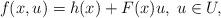
LaTeX: \begin{align*} f(x,u)= h(x)+ F(x)u, \; u\in U, \end{align*}